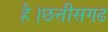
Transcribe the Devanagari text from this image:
है।छत्तीसगढ